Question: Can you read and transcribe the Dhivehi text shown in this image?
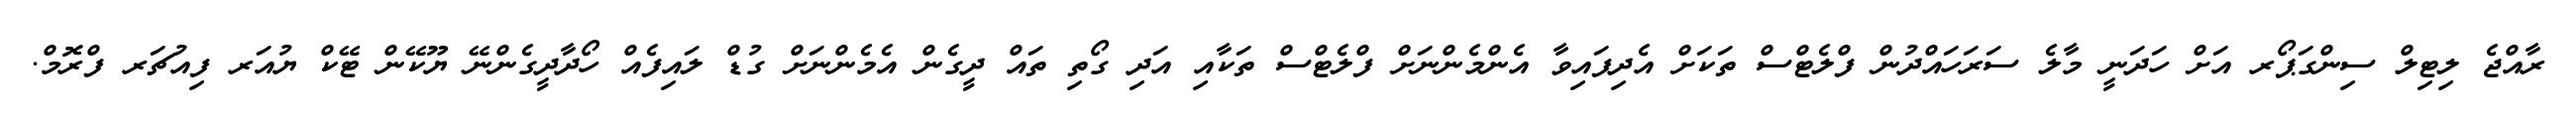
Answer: ރާއްޖެ ލިޓިލް ސިންގަޕޯރ އަށް ހަދަނީ މާލެ ސަރަހައްދުން ފްލެޓްސް ތަކަށް އެދިފައިވާ އެންމެންނަށް ފްލެޓްސް ތަކާއި އަދި ގޯތި ތައް ދީގެން އެމެންނަށް ގުޑް ލައިފެއް ހޯދާދީގެންނޭ ޔޫކޭން ޓޭކް ޔުއަރ ފިއުޗަރ ފްރޮމް.